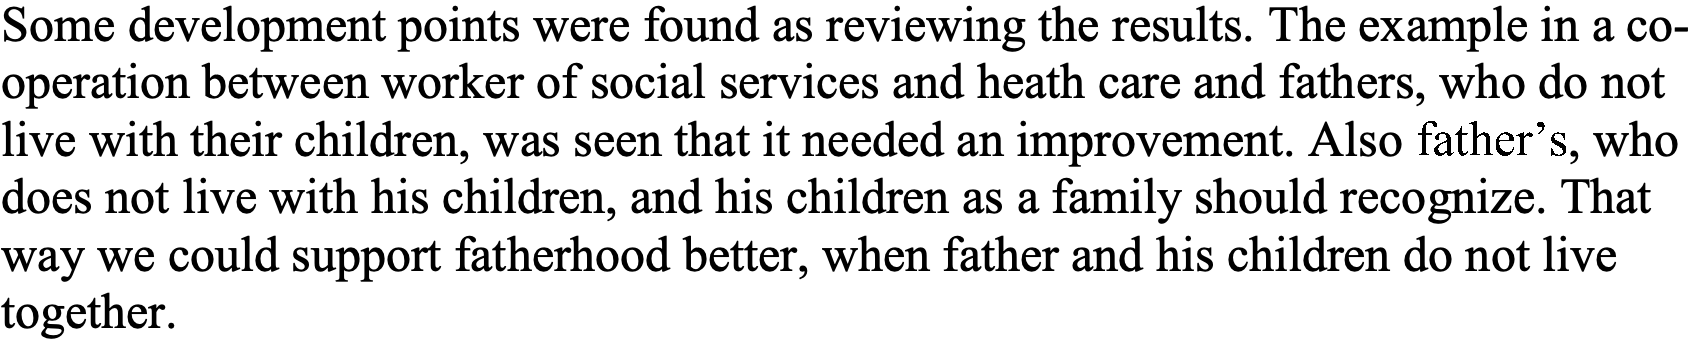
Some development points were found as reviewing the results. The example in a co- operation between worker of social services and heath care and fathers, who do not live with their children, was seen that it needed an improvement. Also father’s, who does not live with his children, and his children as a family should recognize. That way we could support fatherhood better, when father and his children do not live together.